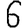
Digit: 6